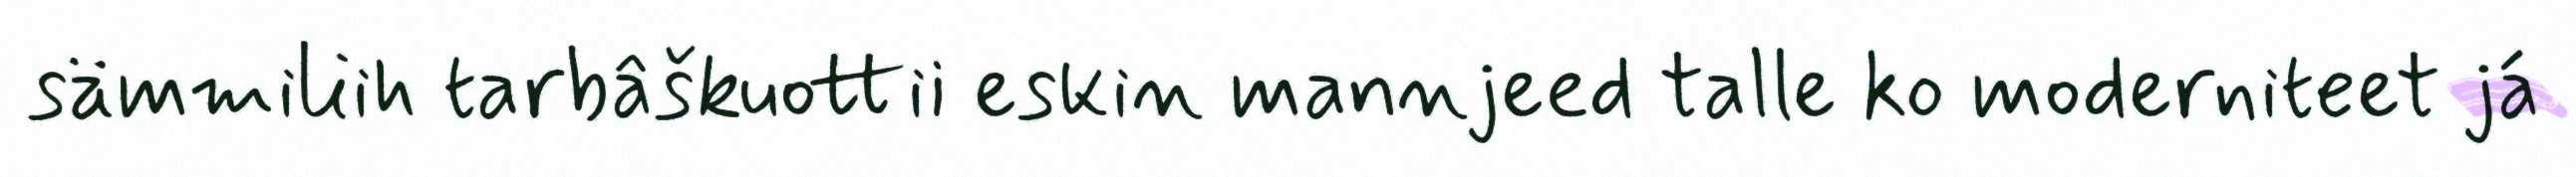
sämmiliih tarbâškuottii eskin mannjeed talle ko moderniteet já